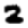
Digit: 2